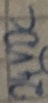
Text: 24VDC